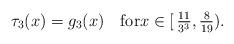
LaTeX: \begin{align*}\tau_3(x) = g_3(x) \quad\hbox{for}x\in[\,\tfrac{11}{3^3}, \tfrac{8}{19}).\end{align*}